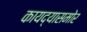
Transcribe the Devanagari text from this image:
कायद्यासमोर